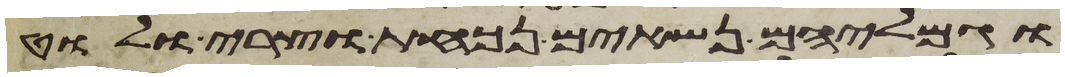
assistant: וגמליהם נשאים נכאת וצרי ולוט